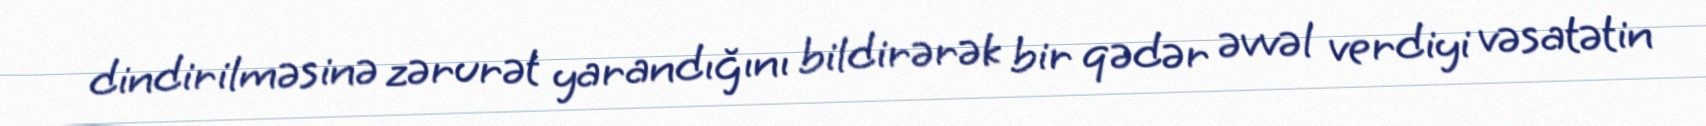
dindirilməsinə zərurət yarandığını bildirərək bir qədər əvvəl verdiyi vəsatətin